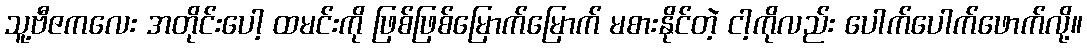
သူ့ဗီဇကလေး အတိုင်းပေါ့ ထမင်းကို ဖြစ်ဖြစ်မြောက်မြောက် မစားနိုင်တဲ့ ငါ့ကိုလည်း ပေါက်ပေါက်ဖောက်လို့။